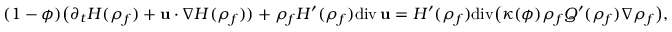
( 1 - \phi ) \big ( \partial _ { t } { H } ( { \rho } _ { f } ) + { \bf u } \cdot \nabla { H } ( { \rho } _ { f } ) ) + { \rho } _ { f } { H } ^ { \prime } ( { \rho } _ { f } ) \mathrm { d i v } \, { \bf u } = { H } ^ { \prime } ( { \rho } _ { f } ) \mathrm { d i v } \big ( \kappa ( \phi ) { \rho } _ { f } { Q } ^ { \prime } ( { \rho } _ { f } ) \nabla { \rho } _ { f } \big ) ,